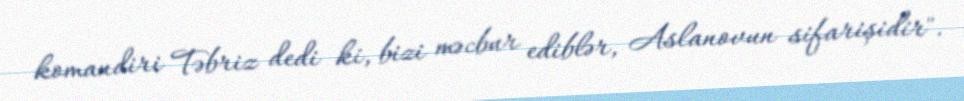
komandiri Təbriz dedi ki, bizi məcbur ediblər, Aslanovun sifarişidir".